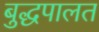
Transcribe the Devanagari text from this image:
बुद्धपालत